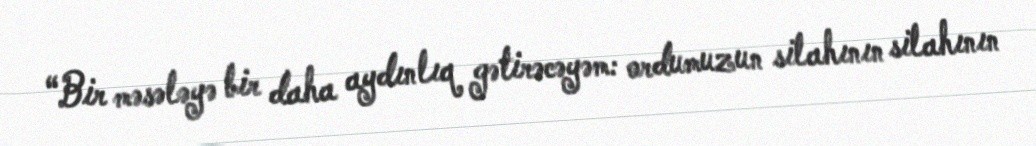
“Bir məsələyə bir daha aydınlıq gətirəcəyəm: ordumuzun silahının silahının